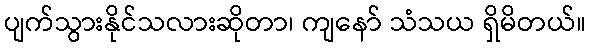
ပျက်သွားနိုင်သလားဆိုတာ၊ ကျနော် သံသယ ရှိမိတယ်။